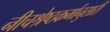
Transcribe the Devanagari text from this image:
नीचश्रेष्ठकर्मानुसारी